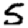
Digit: 5